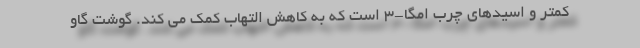
کمتر و اسیدهای چرب امگا-3 است که به کاهش التهاب کمک می کند. گوشت گاو